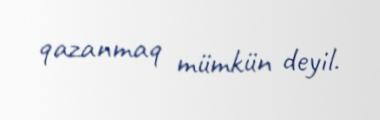
qazanmaq mümkün deyil.